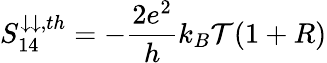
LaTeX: S_{14}^{\downarrow\downarrow,th}=-\frac{2e^{2}}{h}k_{B}\mathcal{T}(1+R)